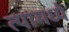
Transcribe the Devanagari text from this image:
त्‍यामध्‍ये